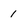
Character: 1